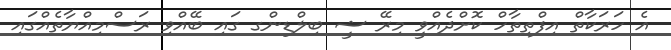
އެ ހަރަކާތް އިފްތިތާހް ކޮށްދެއްވީ މިރޭ ޝީ ބިލްޑިންގ ގައި ބޭއްވި ރަސްމިއްޔާތެއްގައި